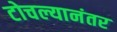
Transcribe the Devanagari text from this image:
टोचल्यानंतर